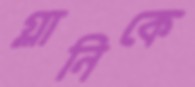
গ্লানিকে